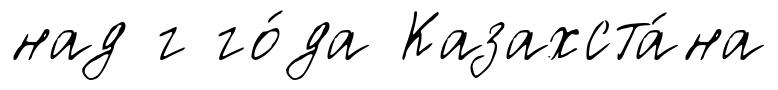
над г го́да Казахста́на